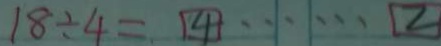
1 8 \div 4 = 4 \cdots 2